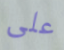
على